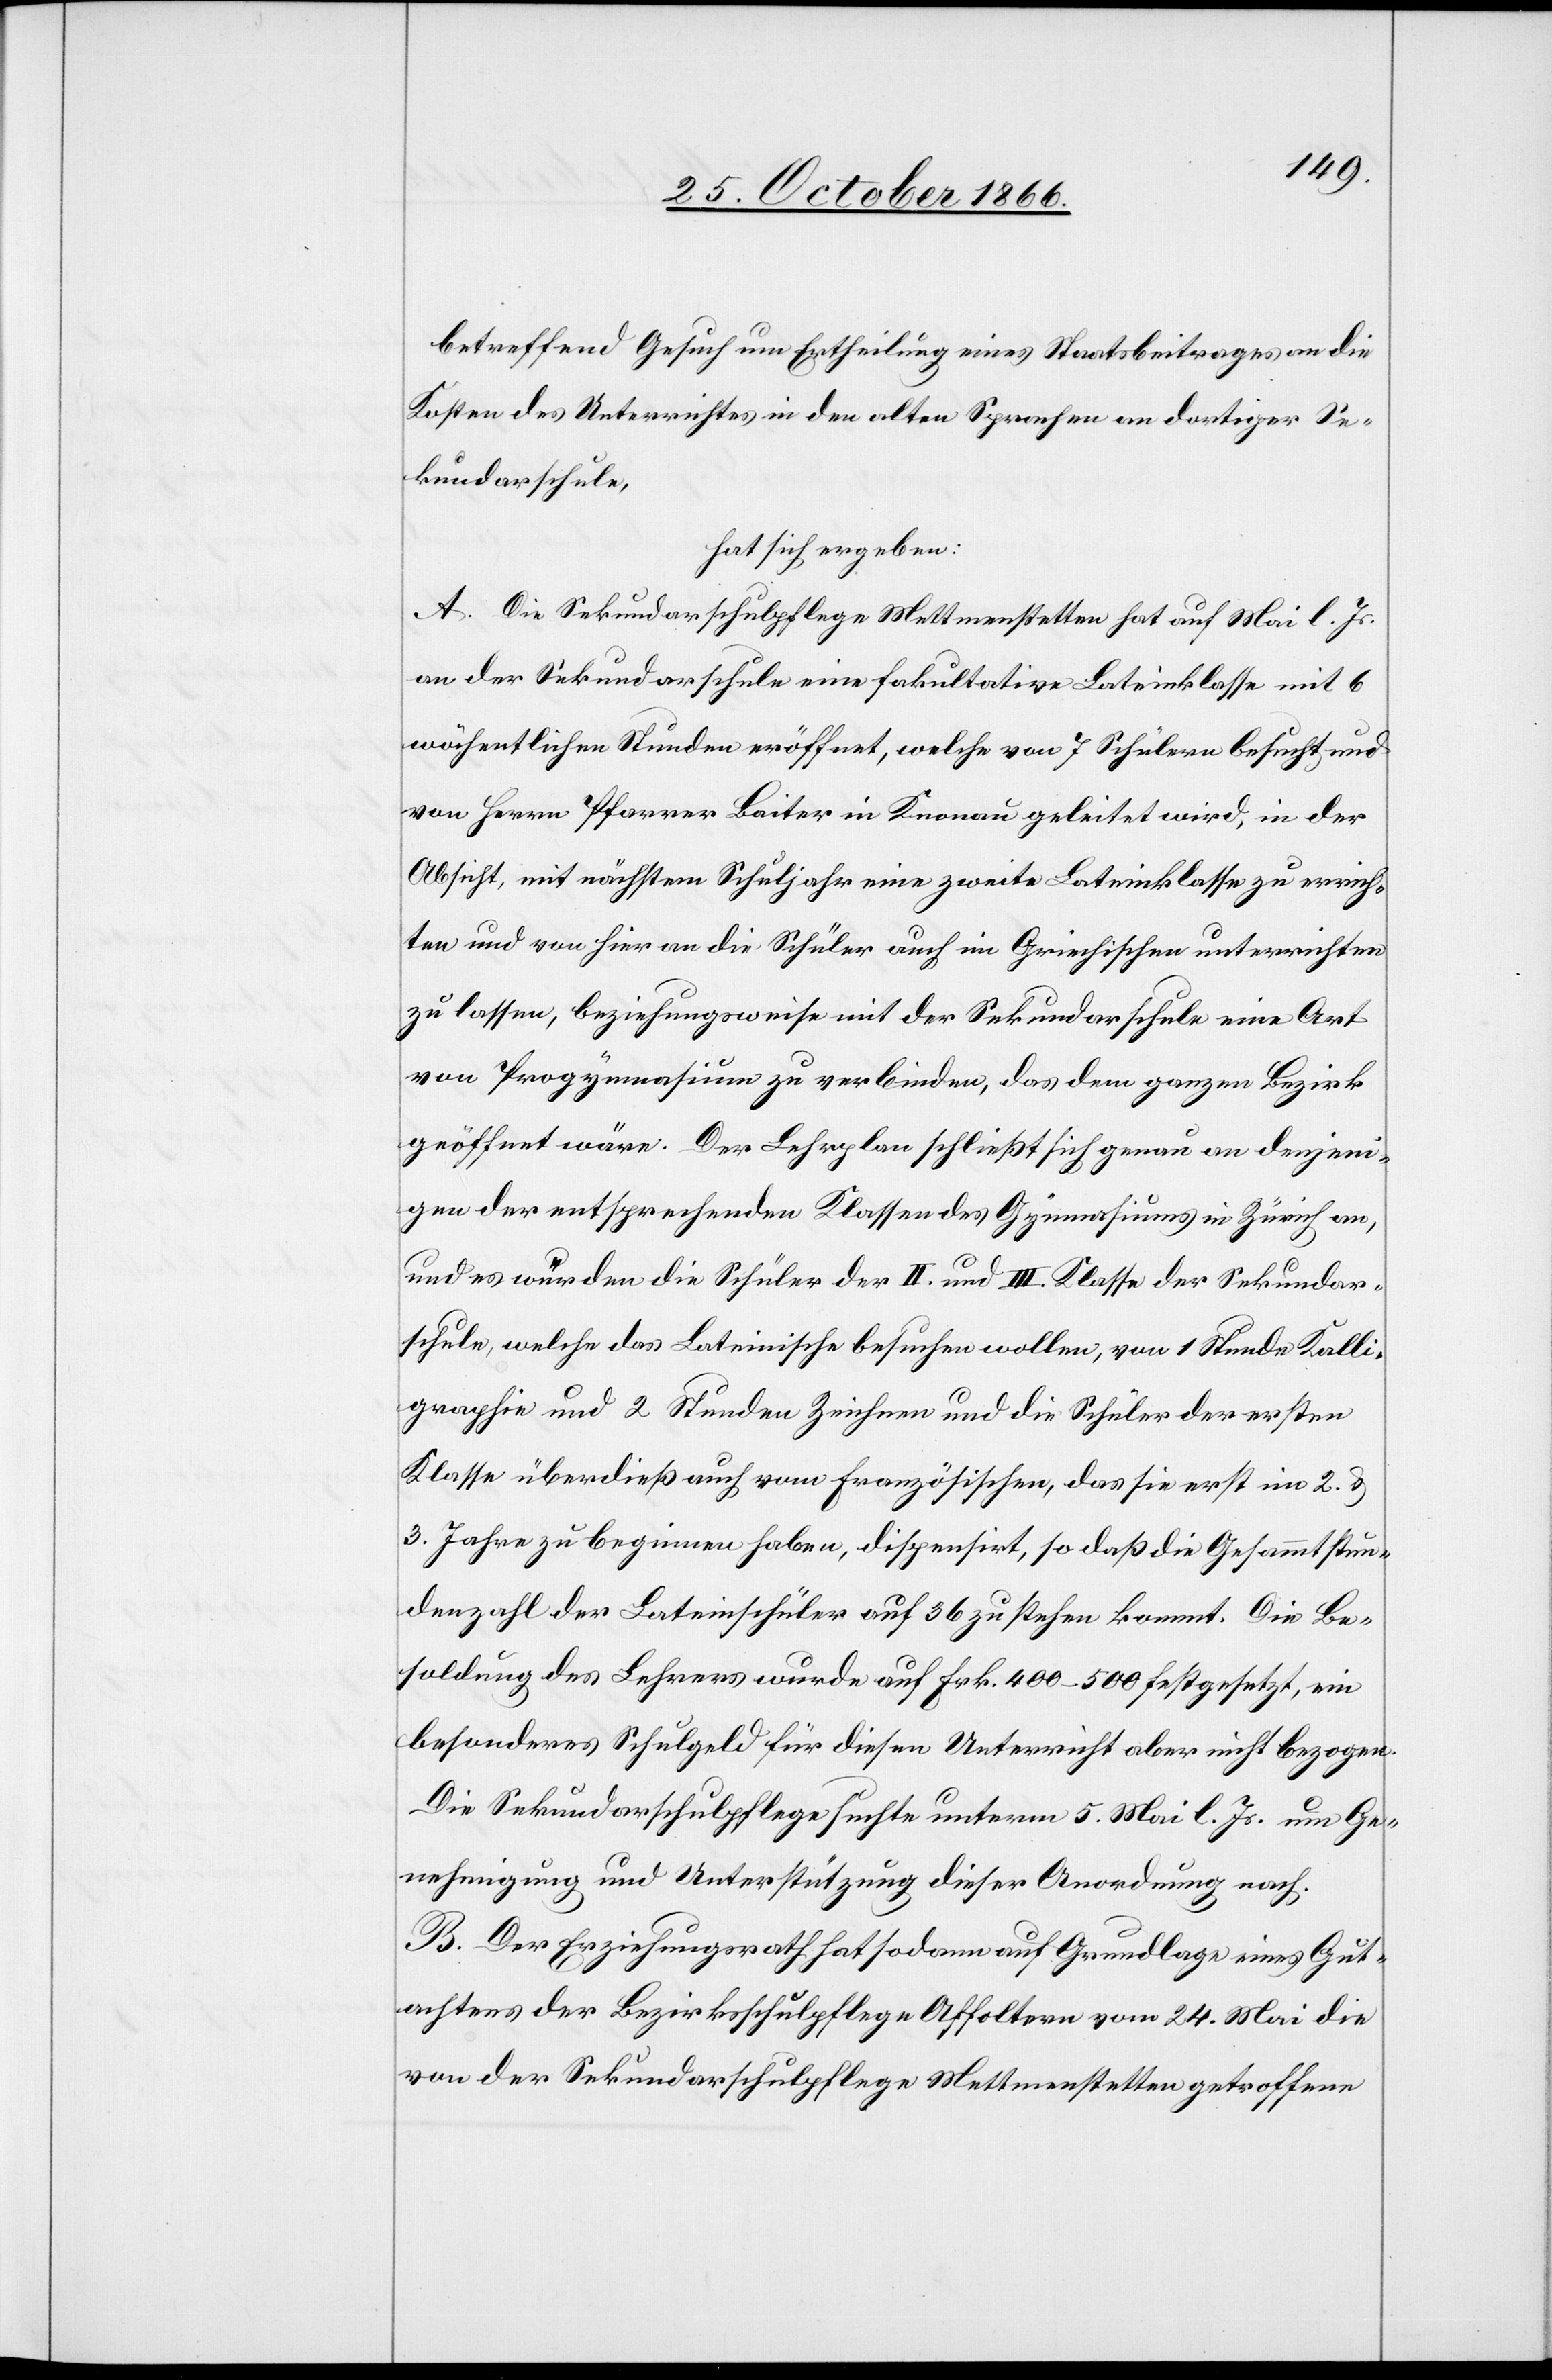
betreffend Gesuch um Ertheilung eines Staatsbeitrages an die
Kosten des Unterrichtes in den alten Sprachen an dortiger Se¬
kundarschule,
hat sich ergeben:
A. Die Sekundarschulpflege Mettmenstetten hat auf Mai l. Js.
an der Sekundarschule eine fakultative Lateinklasse mit 6
wöchentlichen Stunden eröffnet, welche von 7 Schülern besucht und
von Herrn Pfarrer Baiter in Knonau geleitet wird, in der
Absicht, mit nächstem Schuljahr eine zweite Lateinklasse zu errich¬
ten und von hier an die Schüler auch im Griechischen unterrichten
zu lassen, beziehungsweise mit der Sekundarschule eine Art
von Progymnasium zu verbinden, das dem ganzen Bezirk
geöffnet wäre. Der Lehrplan schließt sich genau an denjeni¬
gen der entsprechenden Klassen des Gymnasiums in Zürich an,
und es würden die Schüler der II. und III. Klasse der Sekundar¬
schule, welche das Lateinische besuchen wollen, von 1 Stunde Kalli¬
graphie und 2 Stunden Zeichnen und die Schüler der ersten
Klasse überdieß auch vom Französischen, das sie erst im 2. &
3. Jahre zu beginnen haben, dispensirt, so daß die Gesammtstun¬
denzahl der Lateinschüler auf 36 zu stehen kommt. Die Be¬
soldung des Lehrers wurde auf Frk. 400–500 festgesetzt, ein
besonderes Schulgeld für diesen Unterricht aber nicht bezogen.
Die Sekundarschulpflege suchte unterm 5. Mai l. Js. um Ge¬
nehmigung und Unterstützung dieser Anordnung nach.
B. Der Erziehungsrath hat sodann auf Grundlage eines Gut¬
achtens der Bezirksschulpflege Affoltern vom 24. Mai die
von der Sekundarschulpflege Mettmenstetten getroffene